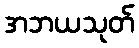
အဘယသုတ်